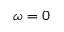
\omega = 0